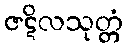
ဇဋိလသုတ္တံ